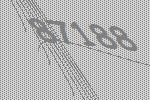
87188